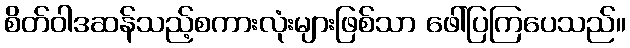
စိတ်ဝါဒဆန်သည့်စကားလုံးများဖြစ်သာ ဖေါ်ပြကြပေသည်။